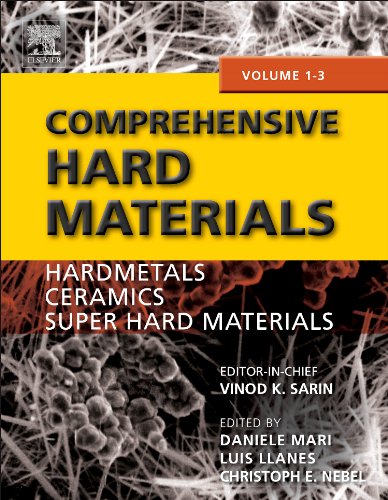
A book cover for Comprehensive Hard Materials; Science & Math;